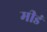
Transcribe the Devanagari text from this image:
मीडं